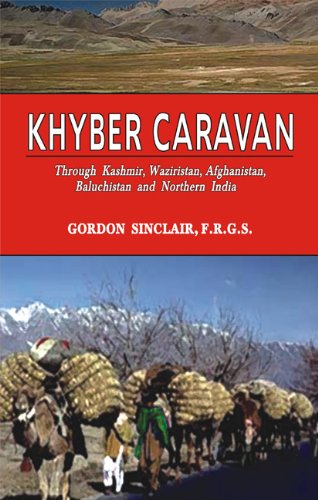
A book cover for Khyber Caravan : Through Kashmir, Waziristan, Afghanistan, Baluchistan and Northern India; Gordon Sinclair; Travel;